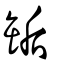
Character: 缿